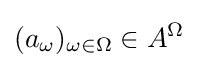
(a_{\omega })_{\omega \in \Omega }\in A^{\Omega }